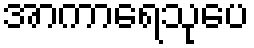
အာကာရေသုပေ